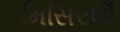
મિસિરલૌ